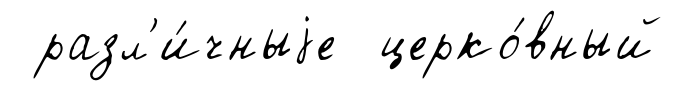
разл'и́чныjе церко́вный